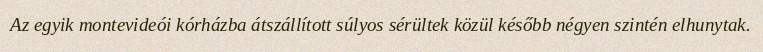
Az egyik montevideói kórházba átszállított súlyos sérültek közül később négyen szintén elhunytak.